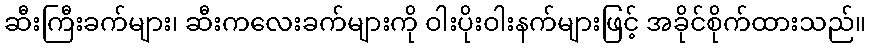
ဆီးကြီးခက်များ၊ ဆီးကလေးခက်များကို ဝါးပိုးဝါးနက်များဖြင့် အခိုင်စိုက်ထားသည်။